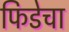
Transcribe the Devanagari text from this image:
फिडेचा